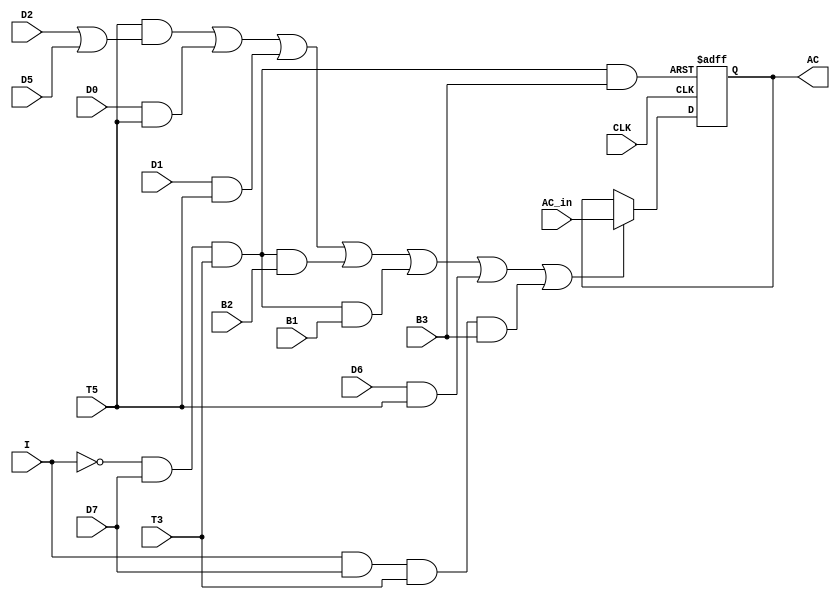
`timescale 1ns / 1ps
//////////////////////////////////////////////////////////////////////////////////
// Company: 
// Engineer: 
// 
// Design Name: 
// Module Name: AC
// Project Name: 
// Target Devices: 
// Tool Versions: 
// Description: 
// 
// Dependencies: 
// 
// Revision:
// Revision 0.01 - File Created
// Additional Comments:
// 
//////////////////////////////////////////////////////////////////////////////////


module AC(
input D0  ,
input D1  ,
input D2  ,
input D5  ,
input D6  ,
input D7  ,
input B1  ,
input B2  ,
input B3  ,
input I   ,
input T3  ,
input T5  ,
input CLK ,
input [7:0] AC_in ,
output reg [7:0] AC    );

wire MR  ;
wire E   ;
wire LDA ;
wire AND ;
wire ADD ;
wire CMA ;
wire INC ;
wire OR  ;
wire INP ;
wire r   ;
wire p   ;

assign p   = I&D7&T3    ;
assign r   = ~I&D7&T3   ;
assign LDA = T5&(D2|D5) ;
assign AND = D0&T5 ;
assign ADD = D1&T5 ;
assign CMA = r&B2  ;
assign INC = r&B1  ;
assign OR  = D6&T5 ;
assign INP = p&B3  ;
assign MR  = (r & B3) ;
assign E   = (LDA | AND | ADD | CMA | INC | OR | INP) ;

initial begin
AC = 8'h00 ;
end

always @(posedge CLK or posedge MR)
begin
if (MR == 1)
  begin
AC <= 8'h00;        // Clear Data
  end
else if (E == 1 )
  begin
AC <= AC_in;       // Load Data
  end
else 
  begin 
AC <= AC ;        // Hold Data
  end 
end

endmodule